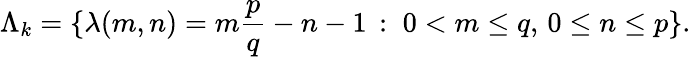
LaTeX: \Lambda_{k}=\{ \lambda(m,n)=m\frac{p}{q}-n-1\, :\; 0<m\leq q,\, 0\leq n\leq p\} .